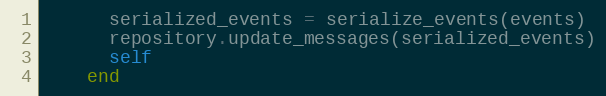
Language: Ruby
      serialized_events = serialize_events(events)
      repository.update_messages(serialized_events)
      self
    end